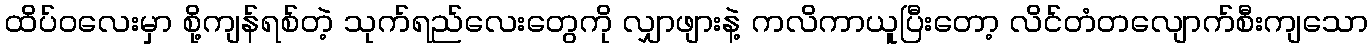
ထိပ်ဝလေးမှာ စို့ကျန်ရစ်တဲ့ သုက်ရည်လေးတွေကို လျှာဖျားနဲ့ ကလိကာယူပြီးတော့ လိင်တံတလျောက်စီးကျသော